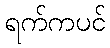
ရက်ကပင်